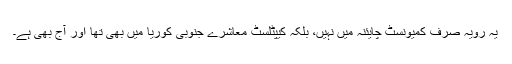
یہ رویہ صرف کمیونسٹ چایئنہ میں نہیں، بلکہ کیپٹلسٹ معاشرے جنوبی کوریا میں بھی تھا اور آج بھی ہے۔